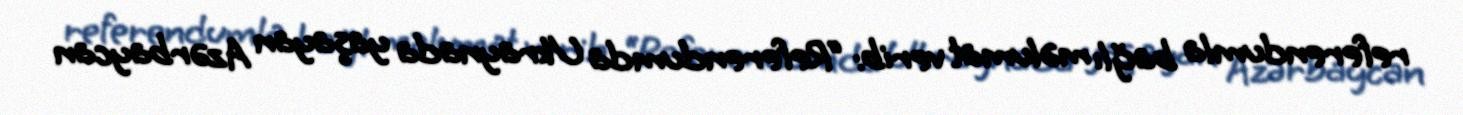
referendumla bağlı məlumat verib: “Referendumda Ukraynada yaşayan Azərbaycan